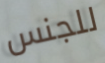
للجنس